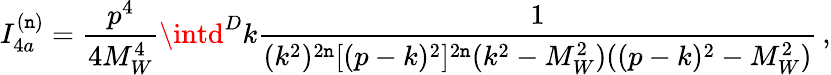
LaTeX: I_{4a}^{(\mathtt{n})}=\frac{{p^{4}}}{{4M_{W}^{4}}}\intd^{D}k\frac{{1}}{{(k^{2})^{2\mathtt{n}}[(p-k)^{2}]^{2\mathtt{n}}(k^{2}-M_{W}^{2})((p-k)^{2}-M_{W}^{2})}}\, ,